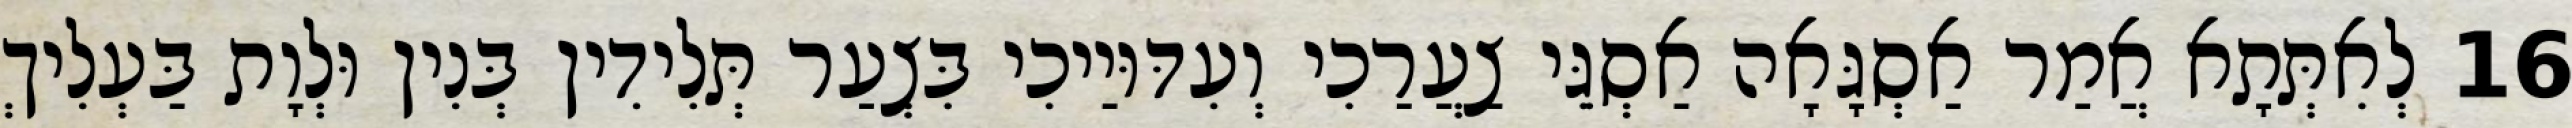
16 לְאִתְּתָא אֲמַר אַסְגָּאָה אַסְגֵּי צַעֲרַכִי וְעִדּוּיַיכִי בִּצְעַר תְּלִידִין בְּנִין וּלְוָת בַּעְלִיךְ